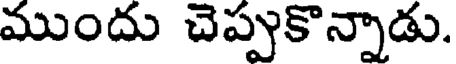
ముందు చెప్పుకొన్నాడు.